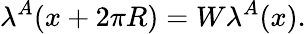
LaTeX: \lambda^{A}(x+2\pi R)=W\lambda^{A}(x).